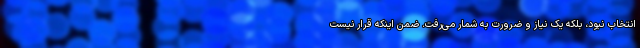
انتخاب نبود، بلکه یک نیاز و ضرورت به شمار می‌رفت. ضمن اینکه قرار نیست